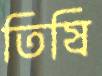
তিষি